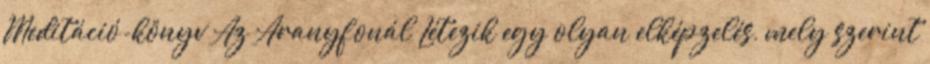
Meditáció-könyv Az Aranyfonál Létezik egy olyan elképzelés, mely szerint